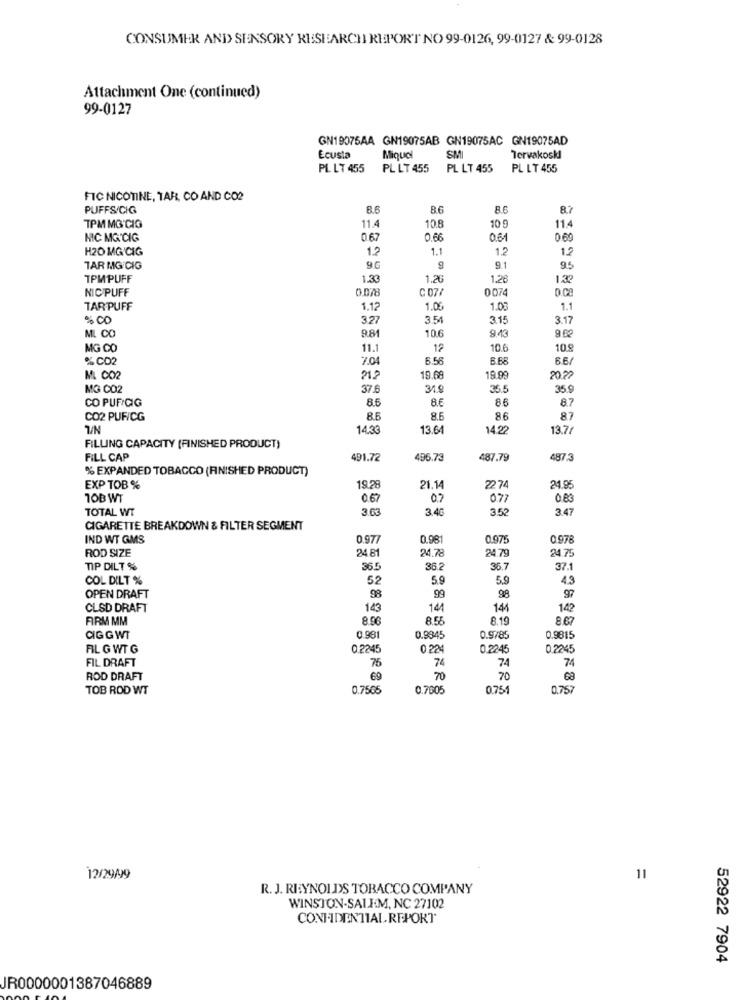
CONSUMER AND> SENSORY RESEARCH REPORT NO 99-0126, 99-0127 & 99-0128
Attachment One (continued)
99-0127
GN19075AA GN19075AB GN19075AC GN19075AD
Ecusta
Mique
SM
Tervakoskl
PL LT 455
PL LT 455 PL LT 455
PL LT 455
FIC NICOTINE, TAR, CO AND CO2
PUFFS/CIG
8.6
86
8.6
8.7
TPM MG'CIG
11.4
10.8
10 9
11.4
MIC MG. CIG
0.67
0.66
0.61
0.69
H20 MG'CIG
1.2
1.1
1.2
12
TAR MG/CIG
9.0
9.1
95
TPMPUFF
1.33
1.26
1.26
1.32
NIC PUFF
0.078
C 07/
0074
TAR PUFF
1.12
1.05
1.03
1.1
:00
3.27
3.54
3.15
3.17
9.81
10.6
ML CO
9.43
9.02
MG CO
11.
12
10.6
10.8
%C02
7.04
6.56
B.6
66/
ML CO2
212
19.68
19.99
20.22
MG CO2
37.6
34.9
35.5
35.9
CO PUFICIG
8.6
8.6
86
8.7
CO2 PUF/CG
8.6
8.6
86
87
14.33
13.64
14.22
13.7
FILLING CAPACITY (FINISHED PRODUCT)
FILL CAP
491.72
496.73
487.79
487.3
% EXPANDED TOBACCO (FINISHED PRODUCT)
EXP TOB %
19.28
21.14
22 74
21.95
TOB WT
0.67
0.7
0.77
TOTAL WT
3.63
3.40
3.52
3.47
CIGARETTE BREAKDOWN & FILTER SEGMENT
IND WT GMS
0.977
0.98
0.97
0.978
ROD SIZE
24.81
24.78
24.79
24.75
TIP DILT %
36.5
36.2
36.7
37.1
COL DILT %
52
5.9
5.9
4.3
OPEN DRAFT
98
99
98
97
CLSD DRAFT
143
144
144
142
ARM MM
8.06
8.55
8.19
8.67
CIGGWT
0.981
0.9845
0.9785
0.9815
FL G WT G
0.2245
0.224
0.2245
0.2245
76
74
74
74
FIL DRAFT
ROD DRAFT
69
70
70
TOB ROD WT
0.7565
0.7605
0.754
0.757
12/29/99
11
R. J. REYNOLDS TOBACCO COMPANY
WINSTON-SALEM, NC 27102
CONFIDENTIAL REPORT
52922 7904
JR0000001387046889